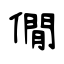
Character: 僩